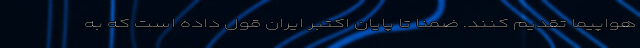
هواپیما تقدیم کنند. ضمنا تا پایان اکتبر ایران قول داده است که به